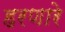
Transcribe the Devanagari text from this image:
हरणारे